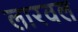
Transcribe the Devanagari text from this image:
लारवल